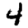
Digit: 4